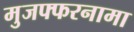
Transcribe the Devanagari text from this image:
मुजफ्फरनामा